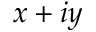
x + i y